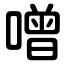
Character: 噌